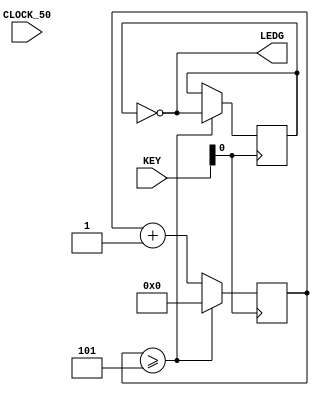
module leds(
    input CLOCK_50,
    input [3:0]KEY,
    output [0:0]LEDG
);
   
reg [32:0] contador = 0;
reg registrador = 0;

assign LEDG[0] = ~registrador;
   
always@(posedge KEY[0])
    begin
        if(contador >= 5)
            begin
                registrador <= ~registrador;
                contador <= 0;
            end
        //--   
        else
            begin
                contador = contador + 1;
            end
        end 
endmodule